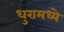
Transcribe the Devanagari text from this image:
धुरामध्ये